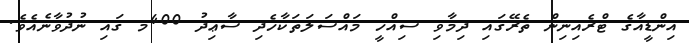
އިންޑީއާގެ ޓްރެއިނިން ތެރޭގައި ދިމާވި ސިއްހީ މައްސަލަތަކާހެދި ސާޢިދު 400މ ގައި ނުދުވާނެއެވެ.